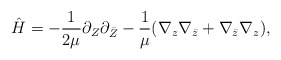
\begin{align*}\hat H = -{1\over 2\mu} \partial_Z \partial_{\bar Z}-\frac{1}{\mu}(\nabla_z\nabla_{\bar z} +\nabla_{\bar z}\nabla_z),\end{align*}